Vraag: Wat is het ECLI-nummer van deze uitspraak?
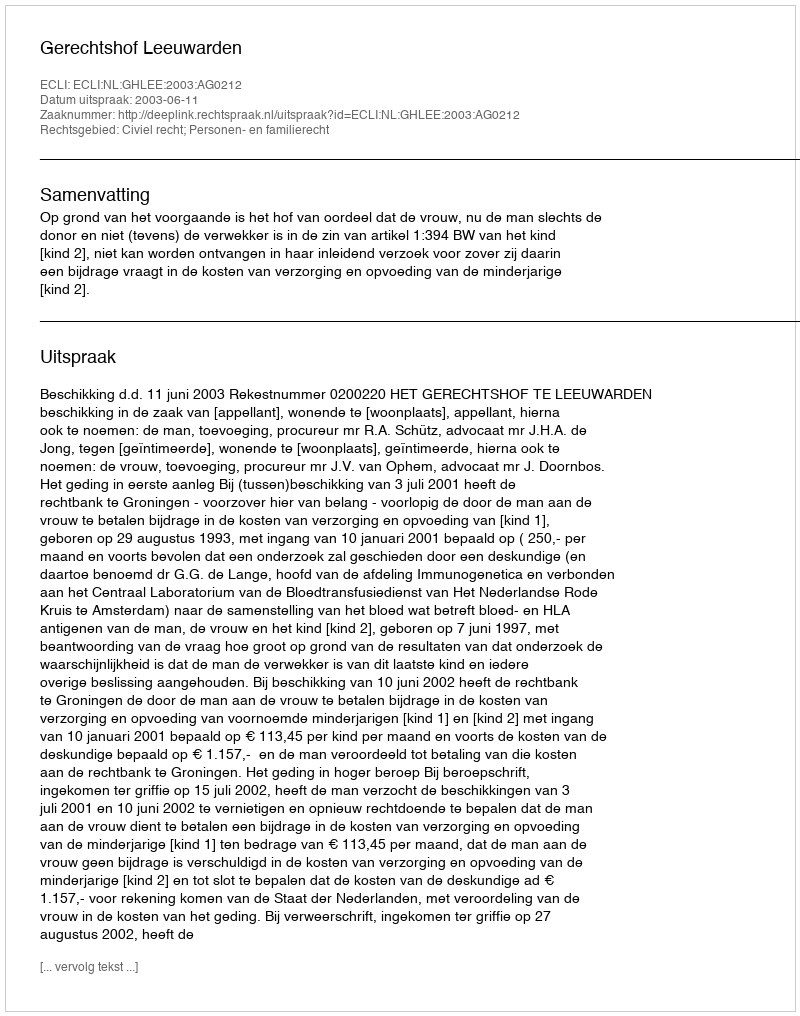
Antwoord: ECLI:NL:GHLEE:2003:AG0212